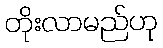
တိုးလာမည်ဟု